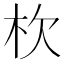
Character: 杴